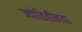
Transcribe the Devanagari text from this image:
ज्योतिहीनता